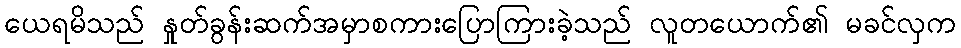
ယေရမိသည် နှုတ်ခွန်းဆက်အမှာစကားပြောကြားခဲ့သည် လူတယောက်၏ မခင်လှက